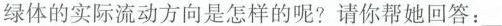
绿体的实际流动方向是怎样的呢？请你帮她回答：___